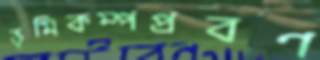
ভূমিকম্পপ্রবণ